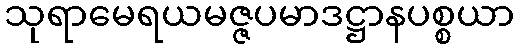
သုရာမေရယမဇ္ဇပမာဒဋ္ဌာနပစ္စယာ